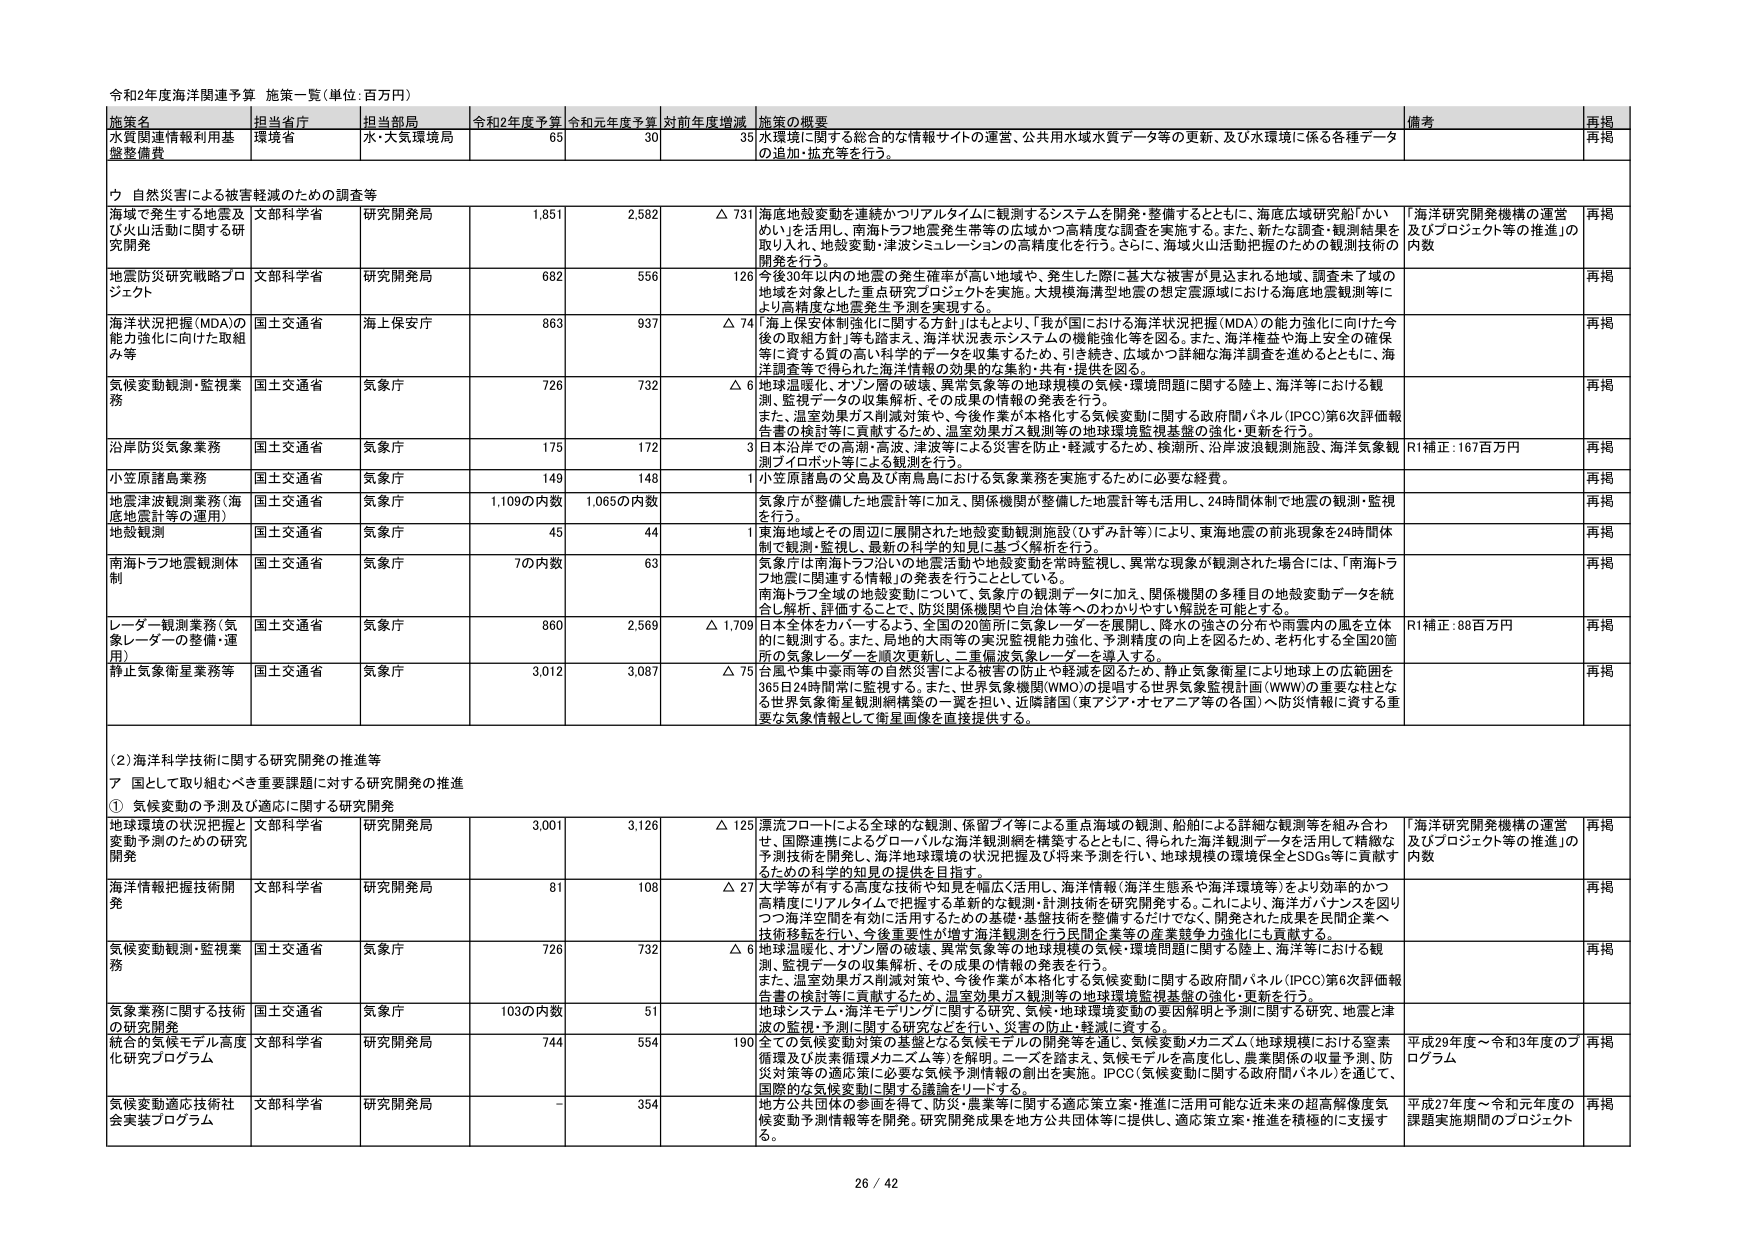
令和2年度海洋関連予算 施策一覧（単位：百万円）

施策名 担当省庁 担当部局 令和2年度予算 令和元年度予算 対前年度増減 施策の概要 備考 再掲
水質関連情報利用基盤整備費 環境省 水・大気環境局 65 30 35 水環境に関する総合的な情報サイトの運営、公共用水域水質データ等の更新、及び水環境に係る各種データの追加・拡充等を行う。 再掲
ウ 自然災害による被害軽減のための調査等
海洋で発生する地震及び火山活動に関する研究開発 文部科学省 研究開発局 1,851 2,582 △ 731 海底地殻変動を連続かつリアルタイムに観測するシステムを開発・整備するとともに、海底広域研究船「かいめい」を活用し、南海トラフ地震発生帯等の広域かつ高精度な調査を実施する。また、新たな調査・観測結果を取り入れ、地殻変動・津波シミュレーションの高精度化を行う。さらに、海底火山活動把握のための観測技術の開発を行う。 「海洋研究開発機構の運営及びプロジェクト等の推進」の内数 再掲
地震防災研究戦略プロジェクト 文部科学省 研究開発局 682 556 126 今後30年以内の地震の発生確率が高い地域や、発生した際に甚大な被害が見込まれる地域、調査未了域の地域を対象とした重点研究プロジェクトを実施。大規模海洋溝型地震の想定震源域における海底地震観測等により高精度な地震発生予測を実現する。 再掲
海洋状況把握（MDA）の能力強化に向けた取組み等 国土交通省 海上保安庁 863 937 △ 74 「海上保安体制強化に関する方針」はもとより、「我が国における海洋状況把握（MDA）の能力強化に向けた今後の取組方針」等も踏まえ、海洋状況表示システムの機能強化等を図る。また、海洋検査や海上安全の確保等に資する質の高い科学的データを収集するため、引き続き、広域かつ詳細な海洋調査を進めるとともに、海洋調査等で得られた海洋情報の効果的な集約・共有・提供を図る。 再掲
気候変動観測・監視業務 国土交通省 気象庁 726 732 △ 6 地球温暖化、オゾン層の破壊、異常気象等の地球規模の気候・環境問題に関する陸上、海洋等における観測、監視データの収集解析、その成果の情報の発表を行う。 また、温室効果ガス削減対策や、今後作業が本格化する気候変動に関する政府間パネル（IPCC）第6次評価報告書の検討等に貢献するため、温室効果ガス観測等の地球環境監視基盤の強化・更新を行う。 再掲
沿岸防災気象業務 国土交通省 気象庁 175 172 3 日本沿岸での高潮・高波、津波等による災害を防止・軽減するため、検潮所、沿岸波浪観測施設、海洋気象観測パイロット等による観測を行う。 R1補正：167百万円 再掲
小笠原諸島業務 国土交通省 気象庁 149 148 1 小笠原諸島の父島及び南鳥島における気象業務を実施するためには必要経費。 再掲
地震津波観測業務（海底地震計等の運用） 国土交通省 気象庁 1,109の内数 1,065の内数 気象庁が整備した地震計等に加え、関係機関が整備した地震計等も活用し、24時間体制で地震の観測・監視を行う。 再掲
地殻観測 国土交通省 気象庁 45 44 1 東海地域とその周辺に展開された地殻変動観測施設（ひずみ計等）により、東海地震の前兆現象を24時間体制で観測・監視し、最新の科学的知見に基づく解析を行う。 再掲
南海トラフ地震観測体制 国土交通省 気象庁 7の内数 63 気象庁は南海トラフ沿いの地震活動や地殻変動を常時監視し、異常な現象が観測された場合には、「南海トラフ地震に関連する情報」の発表を行うこととしている。 南海トラフ全域の地殻変動について、気象庁の観測データに加え、関係機関の多種目の地殻変動データを統合し解析、評価することで、防災関係機関や自治体等へのわかりやすい解説が可能とする。 再掲
レーダー観測業務（気象レーダーの整備・運用） 国土交通省 気象庁 860 2,569 △ 1,709 日本全体をカバーするよう、全国の20箇所に気象レーダーを展開し、降水の強さの分布や雨雲内の風を立体的に観測する。また、局地的大雨等の実況監視能力強化、予測精度の向上を図るため、老朽化する全国20箇所の気象レーダーを順次更新し、二重偏波気象レーダーを導入する。 R1補正：88百万円 再掲
静止気象衛星業務等 国土交通省 気象庁 3,012 3,087 △ 75 台風や集中豪雨等の自然災害による被害の防止や軽減を図るため、静止気象衛星により地球上の広範囲を365日24時間常に監視する。また、世界気象機関（WMO）の提唱する世界気象監視計画（WWW）の重要な柱となる世界気象衛星観測網構築の一翼を担い、近隣諸国（東アジア・オセアニア等の各国）へ防災情報に資する重要な気象情報として衛星画像を直接提供する。 再掲

（2）海洋科学技術に関する研究開発の推進等
ア 国として取り組むべき重要課題に対する研究開発の推進
① 気候変動の予測及び適応に関する研究開発
地球環境の状況把握と変動予測のための研究開発 文部科学省 研究開発局 3,001 3,126 △ 125 漂流フロートによる全球的な観測、保留ブイ等による重点海域の観測、船舶による詳細な観測等を組み合わせ、国際連携によるグローバルな海洋観測網を構築するとともに、得られた海洋観測データを活用して精緻な予測技術を開発し、海洋地球環境の状況把握及び将来予測を行い、地球規模の環境保全とSDGs等に貢献するための科学的知見の提供を目指す。 「海洋研究開発機構の運営及びプロジェクト等の推進」の内数 再掲
海洋情報把握技術開発 文部科学省 研究開発局 81 108 △ 27 大学等が有する高度な技術や知見を幅広く活用し、海洋情報（海洋生態系や海洋環境等）をより効率的かつ高精度にリアルタイムで把握する革新的な観測・計測技術を研究開発する。これにより、海洋ガバナンスを図りつつ海洋空間を有効に活用するための基礎・基盤技術を整備するだけでなく、開発された成果を民間企業へ技術移転を行い、今後重要性が増す海洋観測を行う民間企業等の産業競争力強化にも貢献する。 再掲
気候変動観測・監視業務 国土交通省 気象庁 726 732 △ 6 地球温暖化、オゾン層の破壊、異常気象等の地球規模の気候・環境問題に関する陸上、海洋等における観測、監視データの収集解析、その成果の情報の発表を行う。 また、温室効果ガス削減対策や、今後作業が本格化する気候変動に関する政府間パネル（IPCC）第6次評価報告書の検討等に貢献するため、温室効果ガス観測等の地球環境監視基盤の強化・更新を行う。 再掲
気象業務に関する技術の研究開発 国土交通省 気象庁 103の内数 51 地球システム・海洋モデリングに関する研究、気候・地球環境変動の要因解明と予測に関する研究、地震と津波の監視・予測に関する研究などを通じ、災害の防止・軽減に資する。 再掲
統合的気候モデル高度化研究プログラム 文部科学省 研究開発局 744 554 190 全ての気候変動対策の基盤となる気候モデルの開発等を通じ、気候変動メカニズム（地球規模における窒素循環及び炭素循環メカニズム等）を解明。ニーズを踏まえ、気候モデルを高度化し、農業関係の収量予測、防災対策等の適応策に必要な気候予測情報の創出を実施。IPCC（気候変動に関する政府間パネル）を通じて、国際的な気候変動に関する議論をリードする。 平成29年度～令和3年度のプログラム 再掲
気候変動適応技術社会実装プログラム 文部科学省 研究開発局 - 354 地方公共団体の参画を得て、防災・農業等に関する適応策立案・推進に活用可能な近未来の超高解像度気候変動予測情報等を開発。研究開発成果を地方公共団体等に提供し、適応策立案・推進を積極的に支援する。 平成27年度～令和元年度の課題実施期間のプロジェクト 再掲

26 / 42